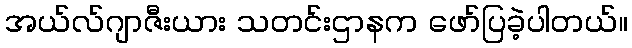
အယ်လ်ဂျာဇီးယား သတင်းဌာနက ဖော်ပြခဲ့ပါတယ်။